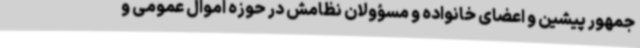
جمهور پیشین و اعضای خانواده و مسؤولان نظامش در حوزه اموال عمومی و